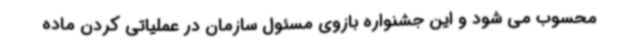
محسوب می شود و این جشنواره بازوی مسئول سازمان در عملیاتی کردن ماده